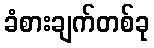
ခံစားချက်တစ်ခု